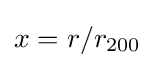
x=r/r_{200}